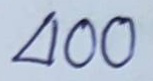
400